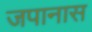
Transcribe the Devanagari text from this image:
जपानास